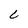
Character: c